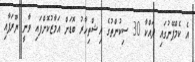
އެ ކެމްޕޭނުގައި ދައްކާ 30 ސިކުންތުގެ އިޝްތިހާރު ބޮޑަށް އަމާޒުކޮށްފައި ވާނީ ޔޫރަޕާއި